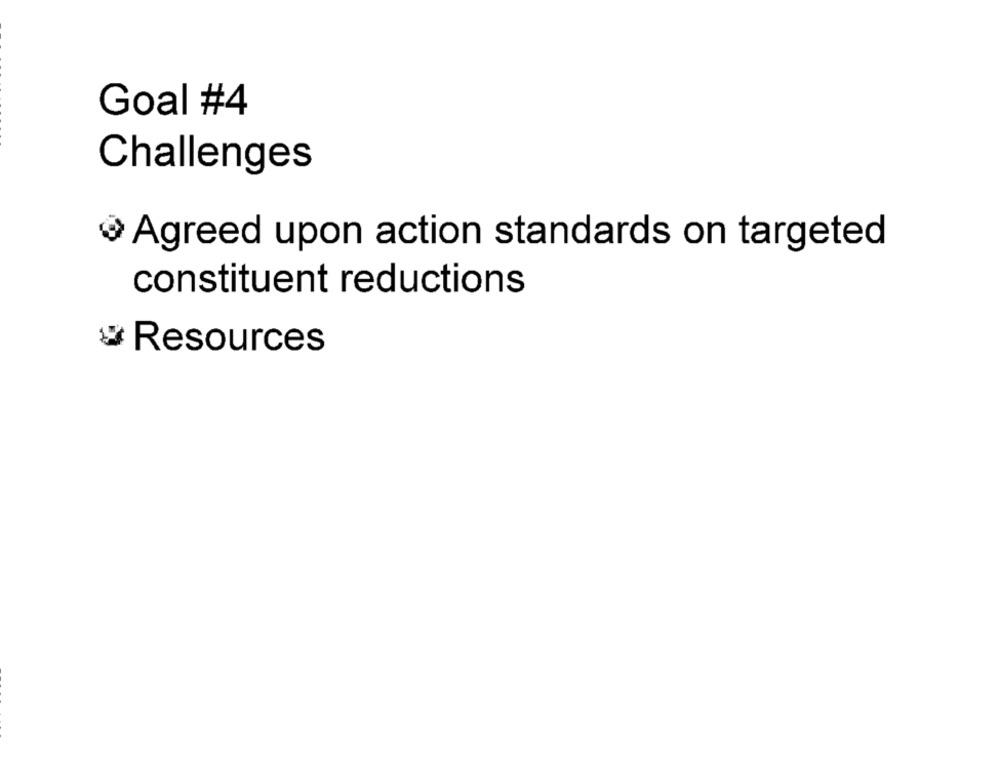
Goal #4
Challenges
Agreed upon action standards on targeted
constituent reductions
₩ Resources